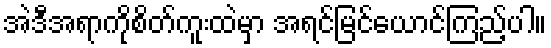
အဲဒီအရာကိုစိတ်ကူးထဲမှာ အရင်မြင်ယောင်ကြည့်ပါ။